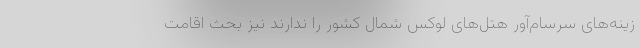
زینه‌های سرسام‌آور هتل‌های لوکس شمال کشور را ندارند نیز بحث اقامت